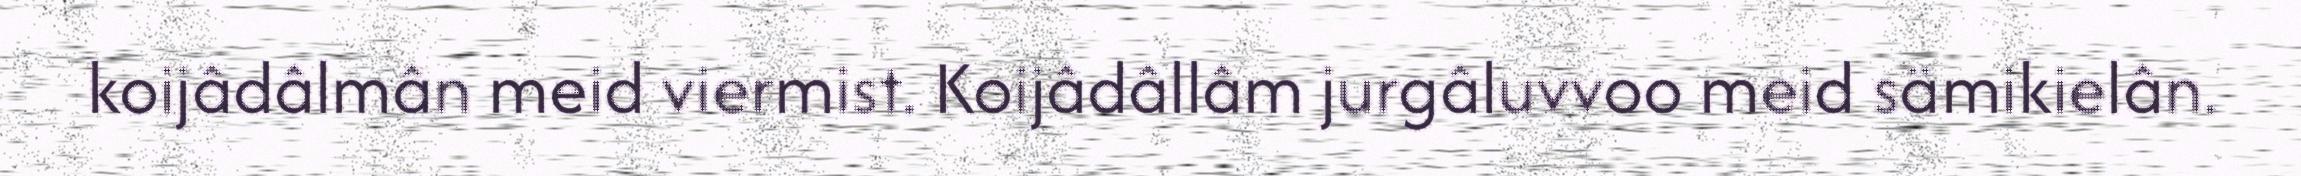
koijâdâlmân meid viermist. Koijâdâllâm jurgâluvvoo meid sämikielân.